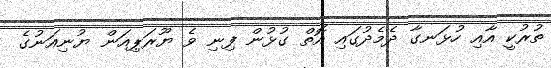
ތުރުކީ އާއި ހުޅަނގާ ދެމެދުގައި އޮތް ގުޅުން ފިނި ވެ ޔޫރަޕިއަން ޔުނިއަނުގެ